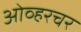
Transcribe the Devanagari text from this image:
ओव्हरचर